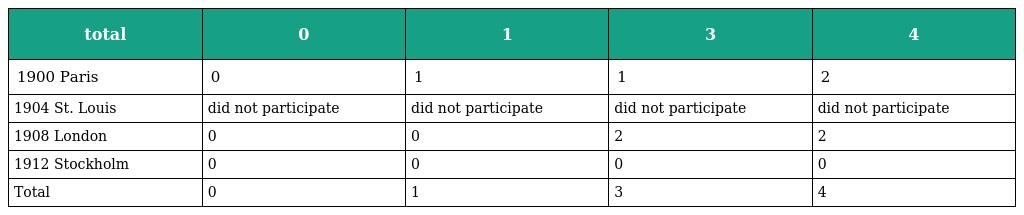
| total | 0 | 1 | 3 | 4 |
 | --- | --- | --- | --- | --- |
 | 1900 Paris | 0 | 1 | 1 | 2 |
 | 1904 St. Louis | did not participate | did not participate | did not participate | did not participate |
 | 1908 London | 0 | 0 | 2 | 2 |
 | 1912 Stockholm | 0 | 0 | 0 | 0 |
 | Total | 0 | 1 | 3 | 4 |